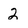
Character: 2